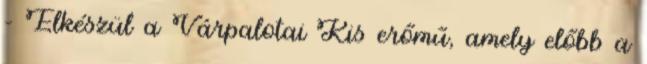
– Elkészül a Várpalotai Kis erőmű, amely előbb a